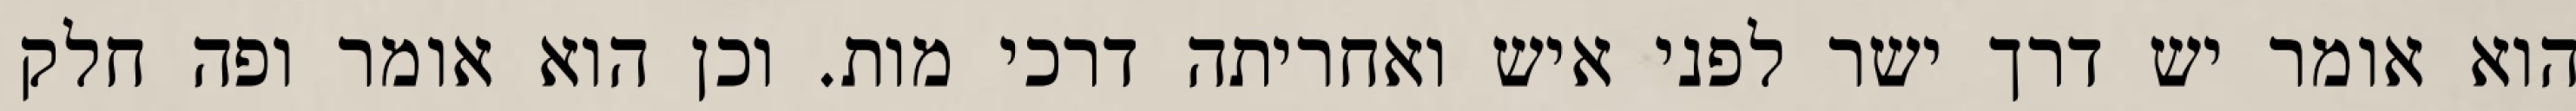
הוא אומר יש דרך ישר לפני איש ואחריתה דרכי מות. וכן הוא אומר ופה חלק